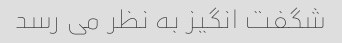
شگفت انگیز به نظر می رسد